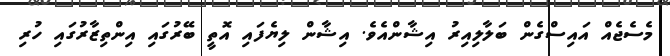
މެސެޖެއް އައިސްގެން ބަލާލިއިރު އިޝާންއެވެ. އިޝާން ލިޔެފައި އޮތީ ބޭރުގައި އިންތިޒާރުގައި ހުރި